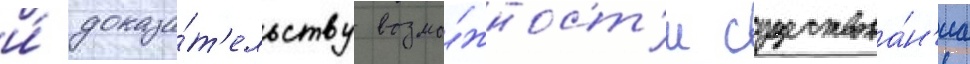
и́ доказа́т'ельству возмо́жност'и существова́н'иа